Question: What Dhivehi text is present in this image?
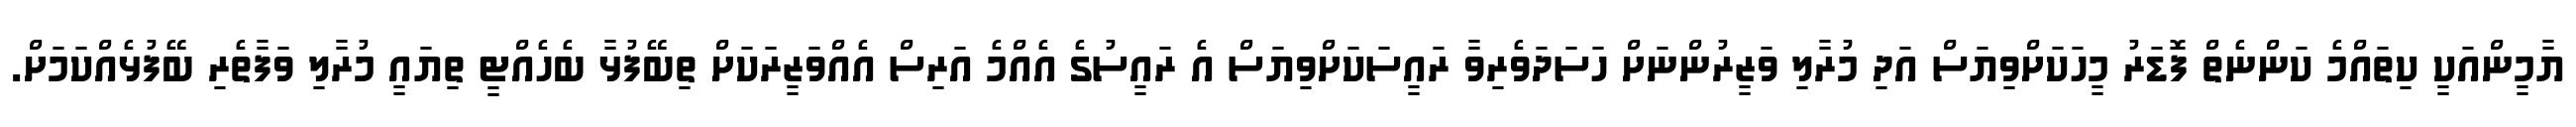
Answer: ޔާމީންއަކީ ކިތައްމެ ކަންނެތް ފޮޑަރު މީހަކަށްވިޔަސް އަދި މުރާލި ވަޒީރުންނަށް ހަސަދަވެރިވާ ރައީސަކަށްވިޔަސް އެ ރައީސުގެ އެއްމެ އަރިސް އެއްވަޒީރަކަށް ތިބޭފުޅާ ބެހެއްޓީ ތިޔައީ މުރާލި ވަފާތެރި ބޭފުޅެއްކަމަށް.